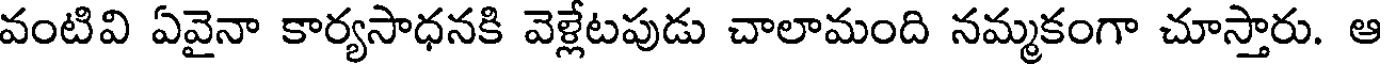
వంటివి ఏవైనా కార్యసాధనకి వెళ్లేటపుడు చాలామంది నమ్మకంగా చూస్తారు. ఆ